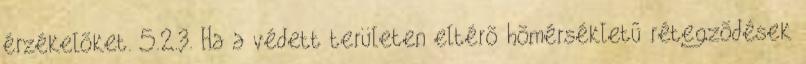
érzékelõket. 5.2.3. Ha a védett területen eltérõ hõmérsékletû rétegzõdések